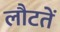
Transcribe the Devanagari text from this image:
लौटतें